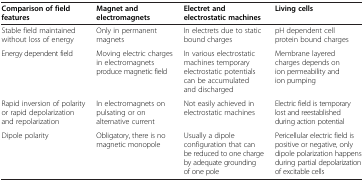
| Comparison of field features | Magnet and electromagnets | Electret and electrostatic machines | Living cells |
 | --- | --- | --- | --- |
 | Stable field maintained without loss of energy | Only in permanent magnets | In electrets due to static bound charges | pH dependent cell protein bound charges |
 | Energy dependent field | Moving electric charges in electromagnets produce magnetic field | In various electrostatic machines temporary electrostatic potentials can be accumulated and discharged | Membrane layered charges depends on ion permeability and ion pumping |
 | Rapid inversion of polarity or rapid depolarization and repolarization | In electromagnets on pulsating or on alternative current | Not easily achieved in electrostatic machines | Electric field is temporary lost and reestablished during action potential |
 | Dipole polarity | Obligatory, there is no magnetic monopole | Usually a dipole configuration that can be reduced to one charge by adequate grounding of one pole | Pericellular electric field is positive or negative, only dipole polarization happens during partial depolarization of excitable cells |